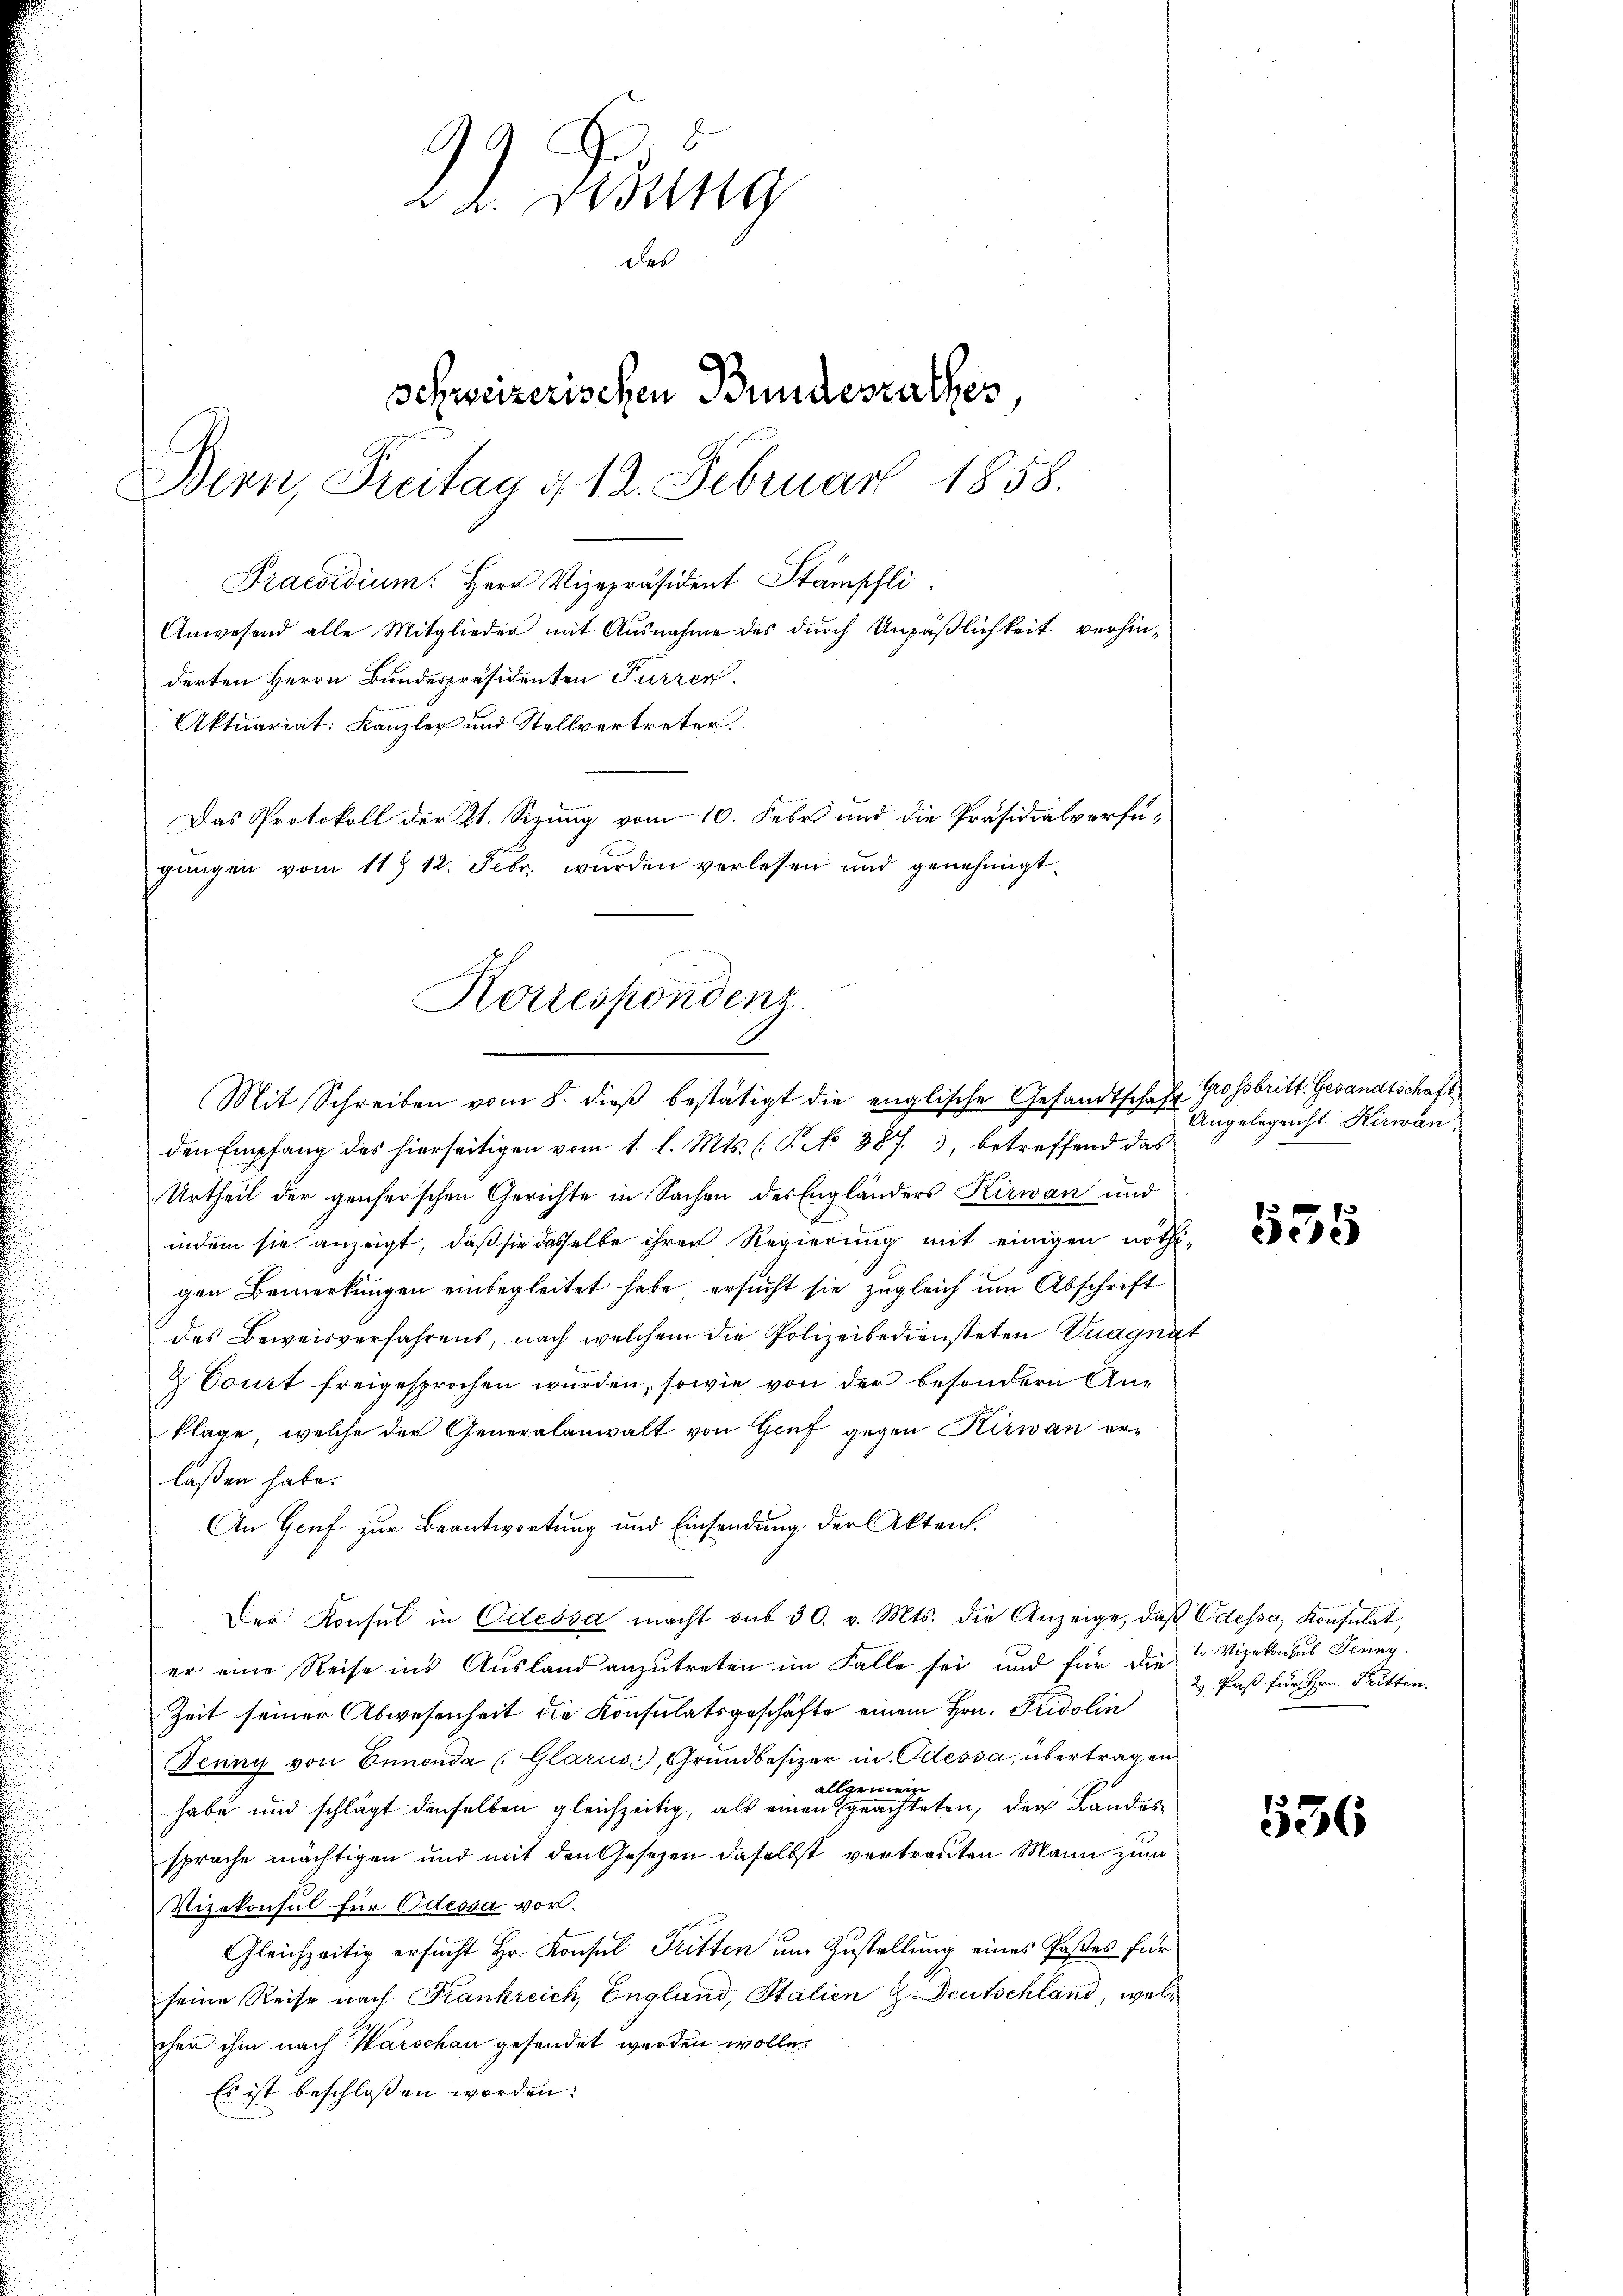
22. Denung
des
schweizerischen Bundesrathes
Bern, Freitag g 12. Februar 1858.
Praesidium. Herr Vizepräsident Stämpfli
Anwesend alle Mitglieder mit Ausnahme des durch Unpäßlichkeit verhin-
derten Herrn Bundespräsidenten Furren.
Aktuariat: Kanzley und Stellvertreter.
Das Protokoll der 21. Sizung vom 10. Febr. und die Präsidialverfügungen vom 11t 12. Febr. wurden verlesen und genehmigt.

Korrespondenz.
Mit Schreiben vom 8. dieβ bestätigt die englische Gesandtschaft

den Empfang des hierseitigen vom 1. l. Mts. (T. No 8873, betreffend das
Urtheil der genferschen Gerichte in Sachen des Engländers Kirwan und
indem sie anzeigt, daß sie dasselbe ihrer Regierung mit einigen nöthigen Bemerkungen einbegleitet habe ersucht sie zugleich um Abschrift
des Beweisverfahrens, nach welchem die Polizeibediensteten Knagnat
& Court freigesprochen wurden, sowie von der besondern Anklage, welche der Generalanwalt von Genf gegen Kirwan erlaßen habe.
An Genf zur Beantwortung und Einsendung der Akten.
Der Konsul in Odessa macht aus 30. v. Mts. die Anzeige, daβ Odessa, Konsulat,
er eine Reise ins Ausland anzutreten im Falle sei, und für die
Zeit seiner Abwesenheit die Konsulatsgeschäfte einem Hrn. Fridolin
Jenny von Ennenda (Glarus, Grundbesizer in Odessa, übertragen
allgemein
habe und schlägt denselben gleichzeitig, als einen geachteten, der Landes
sprache mächtigen und mit den Gesetzen daselbst vertrauten Mann zum
Vizekonsul für Odessa vor.
Gleichzeitig ersucht Hr. Konsul Tritten um Zustellung eines Pastes für
seine Reise nach Krankreich, England, Stalien G. Deutschland, welcher ihm nach Warschau gesendet werden wolle.
Es ist beschlossen worden:

Grossbritt. Gesandtschaft
Angelegenst. Kirwan

535

1. Vizekonsul Jenny.
2. Paß für Hrn. Pritten.

536